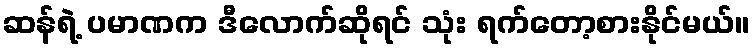
ဆန်ရဲ့ ပမာဏက ဒီလောက်ဆိုရင် သုံး ရက်တော့စားနိုင်မယ်။